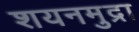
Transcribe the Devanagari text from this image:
शयनमुद्रा